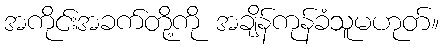
အကိုင်းအခက်တို့ကို အချိန်ကုန်ခံသူမဟုတ်။